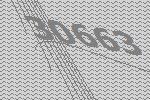
30663